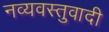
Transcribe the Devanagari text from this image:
नव्यवस्तुवादी